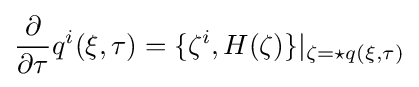
{\frac {\partial }{\partial \tau }}q^{i}(\xi ,\tau )=\{\zeta ^{i},H(\zeta )\}|_{\zeta =\star q(\xi ,\tau )}